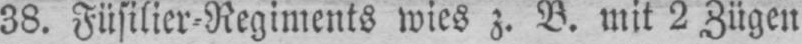
38. Füsilier⸗Regiments wies z. B. mit 2 Zügen